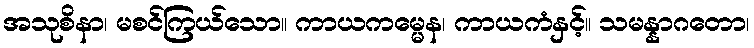
အသုစိနာ၊ မစင်ကြယ်သော။ ကာယကမ္မေန၊ ကာယကံနှင့်။ သမန္နာဂတော၊